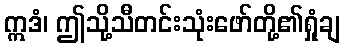
ဣဒံ၊ ဤသို့သီတင်းသုံးဖော်တို့၏ရှုံချ